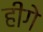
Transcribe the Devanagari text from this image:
हीगे